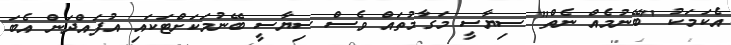
އެކަމަކު "ބޭނުމެއް ނެތް" ސިޔާސީ މަގާމުތައް ވެސް ސިޔާސީ ބޭނުމަކަށްޓަކައި އުފައްދަން އެބަ